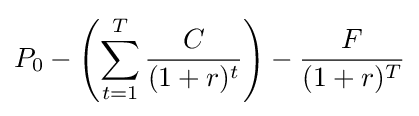
P_{0}-\left(\sum _{t=1}^{T}{\frac {C}{(1+r)^{t}}}\right)-{\frac {F}{(1+r)^{T}}}